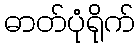
ဓာတ်ပုံရိုက်